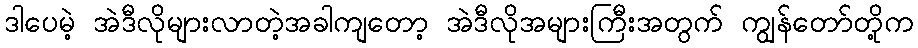
ဒါပေမဲ့ အဲဒီလိုများလာတဲ့အခါကျတော့ အဲဒီလိုအများကြီးအတွက် ကျွန်တော်တို့က